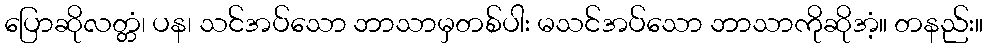
ပြောဆိုလတ္တံ၊ ပန၊ သင်အပ်သော ဘာသာမှတစ်ပါး မသင်အပ်သော ဘာသာကိုဆိုအံ့။ တနည်း။